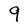
Character: 9